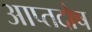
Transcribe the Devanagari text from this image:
आप्तदोष